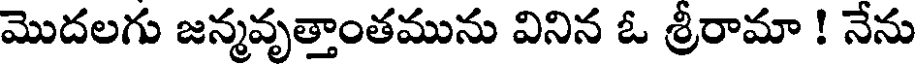
మొదలగు జన్మవృత్తాంతమును వినిన ఓ శ్రీరామా ! నేను